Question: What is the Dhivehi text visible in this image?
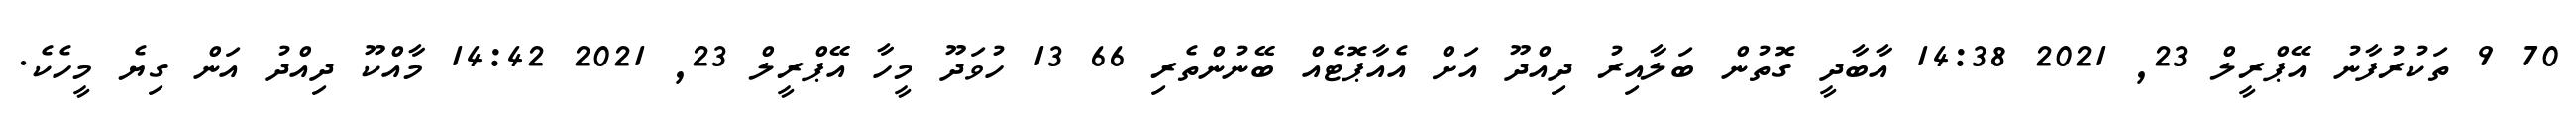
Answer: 70 9 ތަކުރުފާނު އޭޕްރީލް 23, 2021 14:38 އާބާދީ ގޮތުން ބަލާއިރު ދިއްދޫ އަށް އެއާޕޮޓެއް ބޭނުންތެރި 66 13 ހުވަދޫ މީހާ އޭޕްރީލް 23, 2021 14:42 މާއްކޫ ދިއްދު އަން ގިޔެ މީހެކެ.